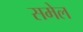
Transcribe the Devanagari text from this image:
समेल